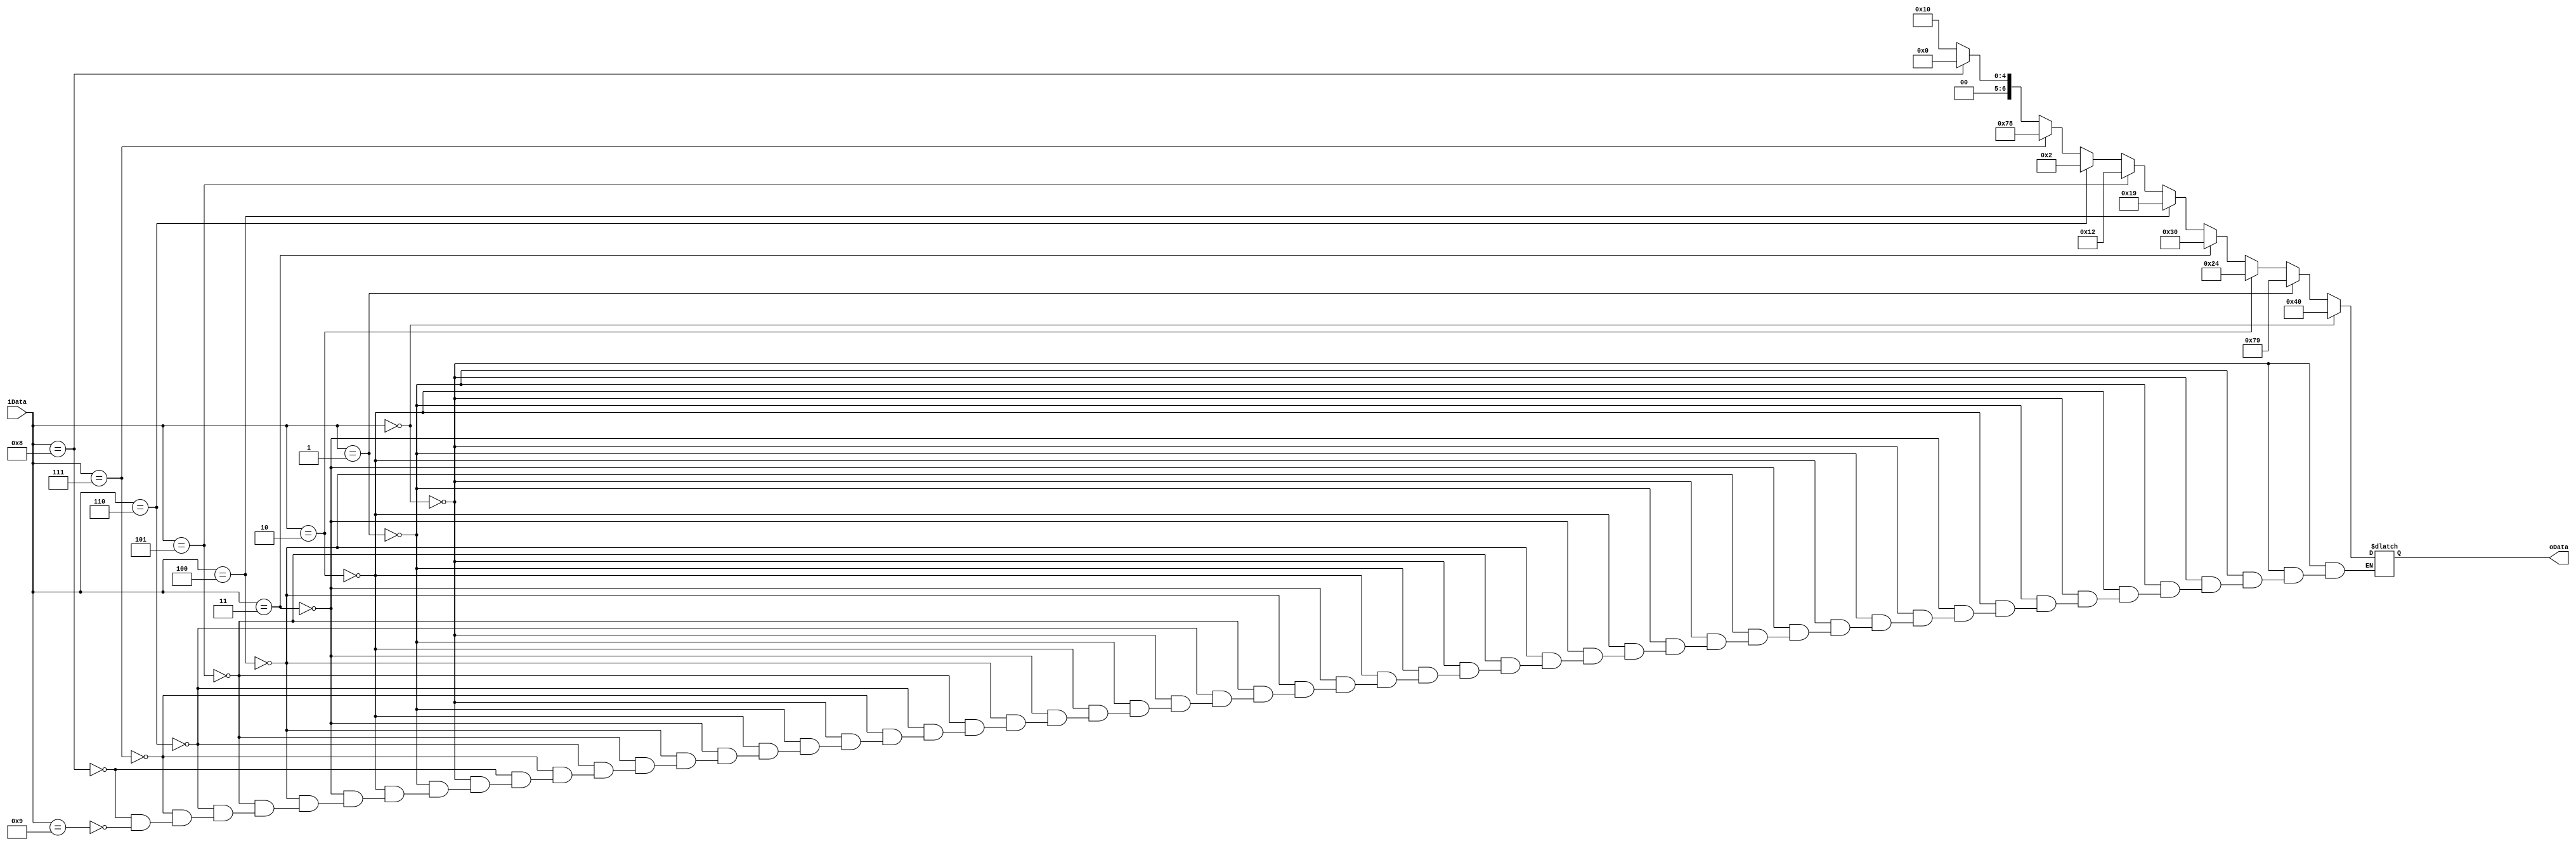
module new_display7(input [3:0] iData,
    output reg [6:0] oData
    );
    always @(*)
    begin
        if(iData==0)
            oData=7'b1000000;
        else if(iData==1)
            oData=7'b1111001;
        else if(iData==2)
            oData=7'b0100100;
        else if(iData==3)
            oData=7'b0110000;
        else if(iData==4)
            oData=7'b0011001;
        else if(iData==5)
            oData=7'b0010010;
        else if(iData==6)
            oData=7'b0000010;
        else if(iData==7)
            oData=7'b1111000;  
        else if(iData==8)
            oData=7'b0000000;  
        else if(iData==9)
            oData=7'b0010000;                                                      
    end
endmodule